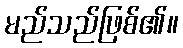
မည်သည်ဖြစ်၏။